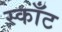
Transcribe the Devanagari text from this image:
स्काँट